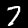
Label: 7